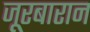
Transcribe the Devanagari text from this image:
जूरबारान